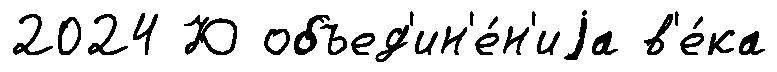
2024 Ю объед'ин'е́н'иjа в'е́ка